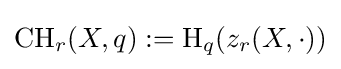
\operatorname {CH} _{r}(X,q):=\operatorname {H} _{q}(z_{r}(X,\cdot ))